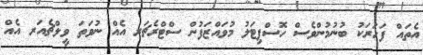
އެތައް ފަހަރަކު ބުނުމުންވެސް ހޮސްޕިޓަލު މުވައްޒަފުން ސްޓްރެޗަރ އެއް ނުވަތަ ވީލްޗެއަރ އެއް